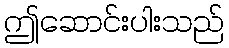
ဤဆောင်းပါးသည်